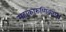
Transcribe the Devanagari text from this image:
महाकारुणिकाय।